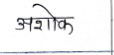
मजकूर: अशोक